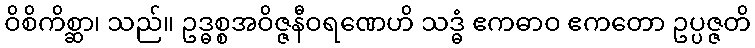
ဝိစိကိစ္ဆာ၊ သည်။ ဥဒ္ဓစ္စအဝိဇ္ဇနီဝရဏေဟိ သဒ္ဓံ ဧကဓာဝ ဧကတော ဥပ္ပဇ္ဇတိ